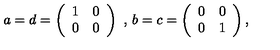
a = d = \left( \begin{array} { c c } { 1 } & { 0 } \\ { 0 } & { 0 } \\ \end{array} \right) \mathrm { \ , \ } b = c = \left( \begin{array} { c c } { 0 } & { 0 } \\ { 0 } & { 1 } \\ \end{array} \right) ,